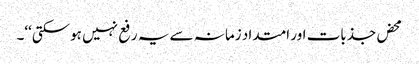
محض جذبات اور امتداد زمانہ سے یہ رفع نہیں ہوسکتی‘‘۔